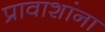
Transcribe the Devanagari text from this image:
प्रावाशांना